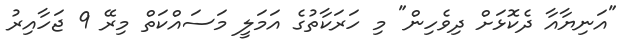
"އަނިޔާއާ ދެކޮޅަށް ދިވެހިން" މި ހަރަކާތުގެ އަމަލީ މަސައްކަތް މިރޭ 9 ޖަހާއިރު